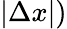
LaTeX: |\Delta x|)